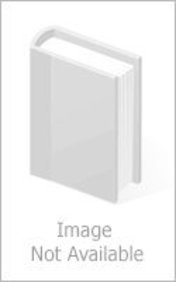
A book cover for Holy Teaching of Vimalakirti: A Mahayana Scripture; Religion & Spirituality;